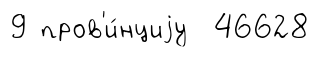
9 пров'и́нциjу 46628